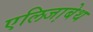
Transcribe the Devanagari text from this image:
एलिजा़बेथ